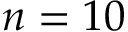
n = 1 0